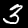
Label: 3